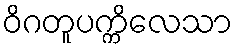
ဝိဂတူပက္ကိလေသာ